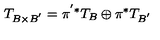
T _ { B \times B ^ { ' } } = \pi ^ { ' * } T _ { B } \oplus \pi ^ { * } T _ { B ^ { ' } }